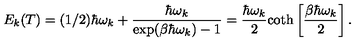
E _ { k } ( T ) = ( 1 / 2 ) \hbar \omega _ { k } + \frac { \hbar \omega _ { k } } { \exp ( \beta \hbar \omega _ { k } ) - 1 } = \frac { \hbar \omega _ { k } } { 2 } \mathrm { c o t h } \left[ \frac { \beta \hbar \omega _ { k } } { 2 } \right] .